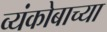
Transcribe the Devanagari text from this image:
व्यंकोबाच्या